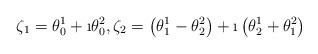
LaTeX: \begin{align*}\zeta_1=\theta^1_0+\i \theta^2_0, \zeta_2=\left(\theta^1_1-\theta^2_2\right)+\i\left(\theta^1_2+\theta^2_1\right)\end{align*}